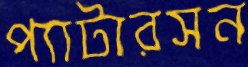
প্যাটারসন